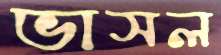
ভাসল